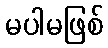
မပါမဖြစ်